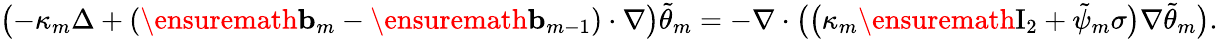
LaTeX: \bigl(-\kappa_{m}\Delta+(\ensuremath{\mathbf{b}}_{m}-\ensuremath{\mathbf{b}}_{m-1})\cdot\nabla\bigr)\tilde{\theta}_{m}=-\nabla\cdot\bigl(\bigl(\kappa_{m}\ensuremath{\mathrm{I}_{2}}+\tilde{\psi}_{m}\sigma\bigr)\nabla\tilde{\theta}_{m}\bigr).